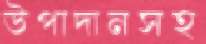
উপাদানসহ